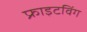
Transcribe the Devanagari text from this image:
फ्राइटविंग